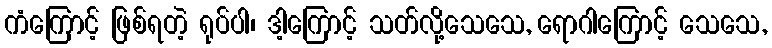
ကံကြောင့် ဖြစ်ရတဲ့ ရုပ်ပါ၊ ဒါ့ကြောင့် သတ်လို့သေသေ, ရောဂါကြောင့် သေသေ,